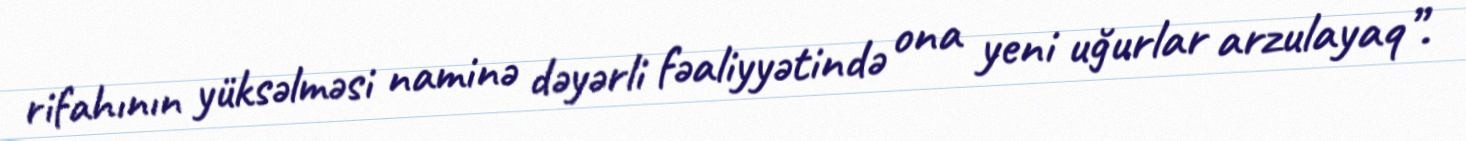
rifahının yüksəlməsi naminə dəyərli fəaliyyətində ona yeni uğurlar arzulayaq”.